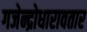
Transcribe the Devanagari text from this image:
गजेन्द्रोधारावतार